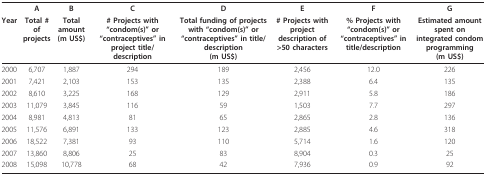
<table><thead><tr><td></td><td><b>A</b></td><td><b>B</b></td><td><b>C</b></td><td><b>D</b></td><td><b>E</b></td><td><b>F</b></td><td><b>G</b></td></tr><tr><td><b>Year</b></td><td><b>Total # of projects</b></td><td><b>Total amount (m US$)</b></td><td><b># Projects with &quot;condom(s)&quot; or &quot;contraceptives&quot; in project title/description</b></td><td><b>Total funding of projects with &quot;condom(s)&quot; or &quot;contraceptives&quot; in title/description(m US$)</b></td><td><b># Projects with project description of &gt;50 characters</b></td><td><b>% Projects with &quot;condom(s)&quot; or &quot;contraceptives&quot; in title/description</b></td><td><b>Estimated amount spent on integrated condom programming (m US$)</b></td></tr></thead><tbody><tr><td>2000</td><td>6,707</td><td>1,887</td><td>294</td><td>189</td><td>2,456</td><td>12.0</td><td>226</td></tr><tr><td>2001</td><td>7,421</td><td>2,103</td><td>153</td><td>135</td><td>2,388</td><td>6.4</td><td>135</td></tr><tr><td>2002</td><td>8,610</td><td>3,225</td><td>168</td><td>129</td><td>2,911</td><td>5.8</td><td>186</td></tr><tr><td>2003</td><td>11,079</td><td>3,845</td><td>116</td><td>59</td><td>1,503</td><td>7.7</td><td>297</td></tr><tr><td>2004</td><td>8,981</td><td>4,813</td><td>81</td><td>65</td><td>2,865</td><td>2.8</td><td>136</td></tr><tr><td>2005</td><td>11,576</td><td>6,891</td><td>133</td><td>123</td><td>2,885</td><td>4.6</td><td>318</td></tr><tr><td>2006</td><td>18,522</td><td>7,381</td><td>93</td><td>110</td><td>5,714</td><td>1.6</td><td>120</td></tr><tr><td>2007</td><td>13,860</td><td>8,806</td><td>25</td><td>83</td><td>8,904</td><td>0.3</td><td>25</td></tr><tr><td>2008</td><td>15,098</td><td>10,778</td><td>68</td><td>42</td><td>7,936</td><td>0.9</td><td>92</td></tr></tbody></table>